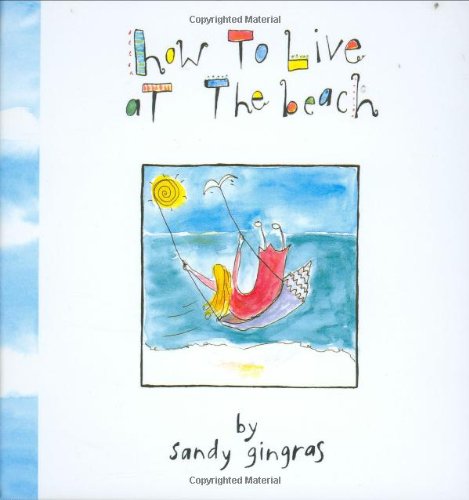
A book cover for How to Live at the Beach; Sandy Gingras; Travel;